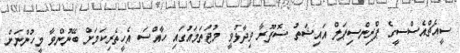
ސީއެޗްއެސްސީގެ ޕްރިންސިޕަލް އައިޝަތު ސޮފޫރާ ވިދާޅުވީ މުޖުތަމައުގައި ހާއްސަ އެހީތެރިކަމަށް ބޭނުންވާ މީހުންނަށް